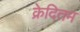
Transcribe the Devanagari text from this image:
क्रेदितम